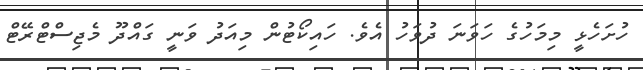
ހުށަހެޅީ މިމަހުގެ ހަވަނަ ދުވަހު އެވެ. ހައިކޯޓުން މިއަދު ވަނީ ގައްދޫ މެޖިސްޓްރޭޓް